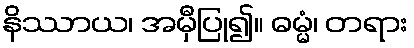
နိဿာယ၊ အမှီပြု၍။ ဓမ္မံ၊ တရား